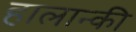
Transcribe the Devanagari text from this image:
हालान्की